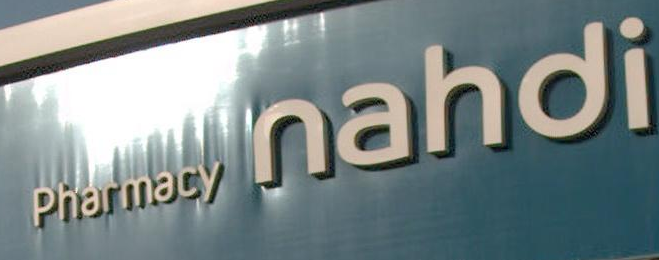
Pamanahdi